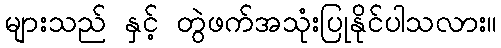
များသည် နှင့် တွဲဖက်အသုံးပြုနိုင်ပါသလား။